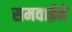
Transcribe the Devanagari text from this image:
समवाईने